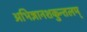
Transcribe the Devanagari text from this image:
अभिज्ञानशकुन्तलम्